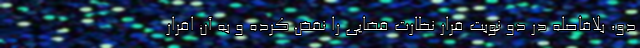
دو، بلافاصله در دو نوبت قرار نظارت قضایی را نقض کرده و به آن اقرار